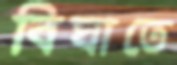
বিঘাতে